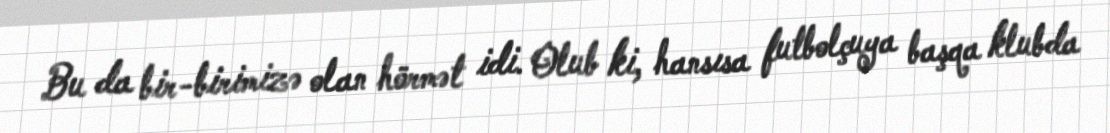
Bu da bir-birimizə olan hörmət idi. Olub ki, hansısa futbolçuya başqa klubda